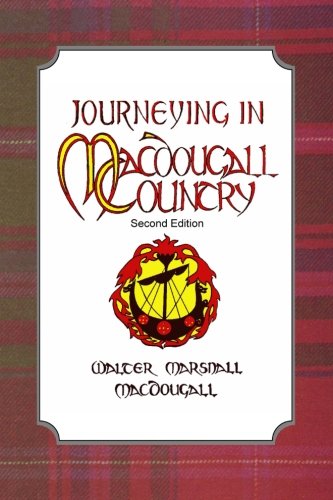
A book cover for Journeying in MacDougall Country; Walter Macdougall; Travel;